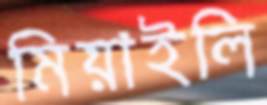
মিয়াইলি